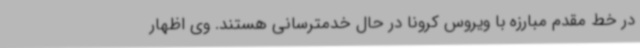
در خط مقدم مبارزه با ویروس کرونا در حال خدمترسانی هستند. وی اظهار